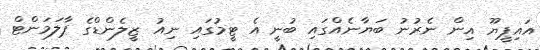
އައިޕީޔޫ އިން ނެރުނު ބަޔާނެއްގައި ބުނީ އެ ޓީމުގައި ނިއު ޒީލެންޑްގެ ޕާލަމަންޓް